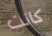
كانت